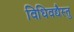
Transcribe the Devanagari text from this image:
विधिवद्यैस्तु